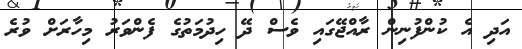
އަދި އެ ކުންފުނިން ރާއްޖޭގައި ވެސް ދޭ ހިދުމަތުގެ ފެންވަރު މިހާރަށް ވުރެ